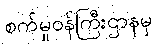
စက်မှုဝန်ကြီးဌာနမှ